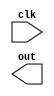
module array( clk, out);
input clk;
output out;
reg [3:0] array [3:0];
integer i;
always @(posedge clk )
begin 
    repeat ( 4 ) begin 
        array[i] = $random;
    end
end
endmodule